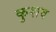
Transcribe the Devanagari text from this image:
कुशव